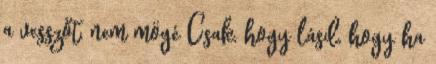
a vesszőt, nem mögé Csak, hogy lásd, hogy ha